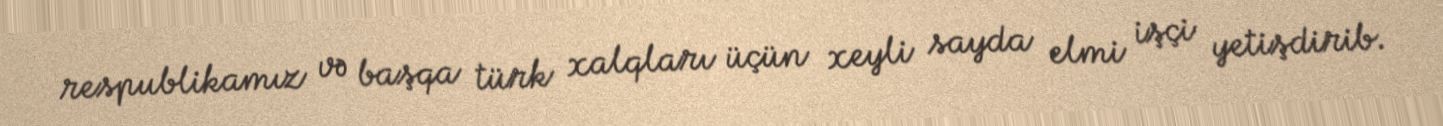
respublikamız və başqa türk xalqları üçün xeyli sayda elmi işçi yetişdirib.